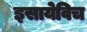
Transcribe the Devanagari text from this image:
इसायेविच